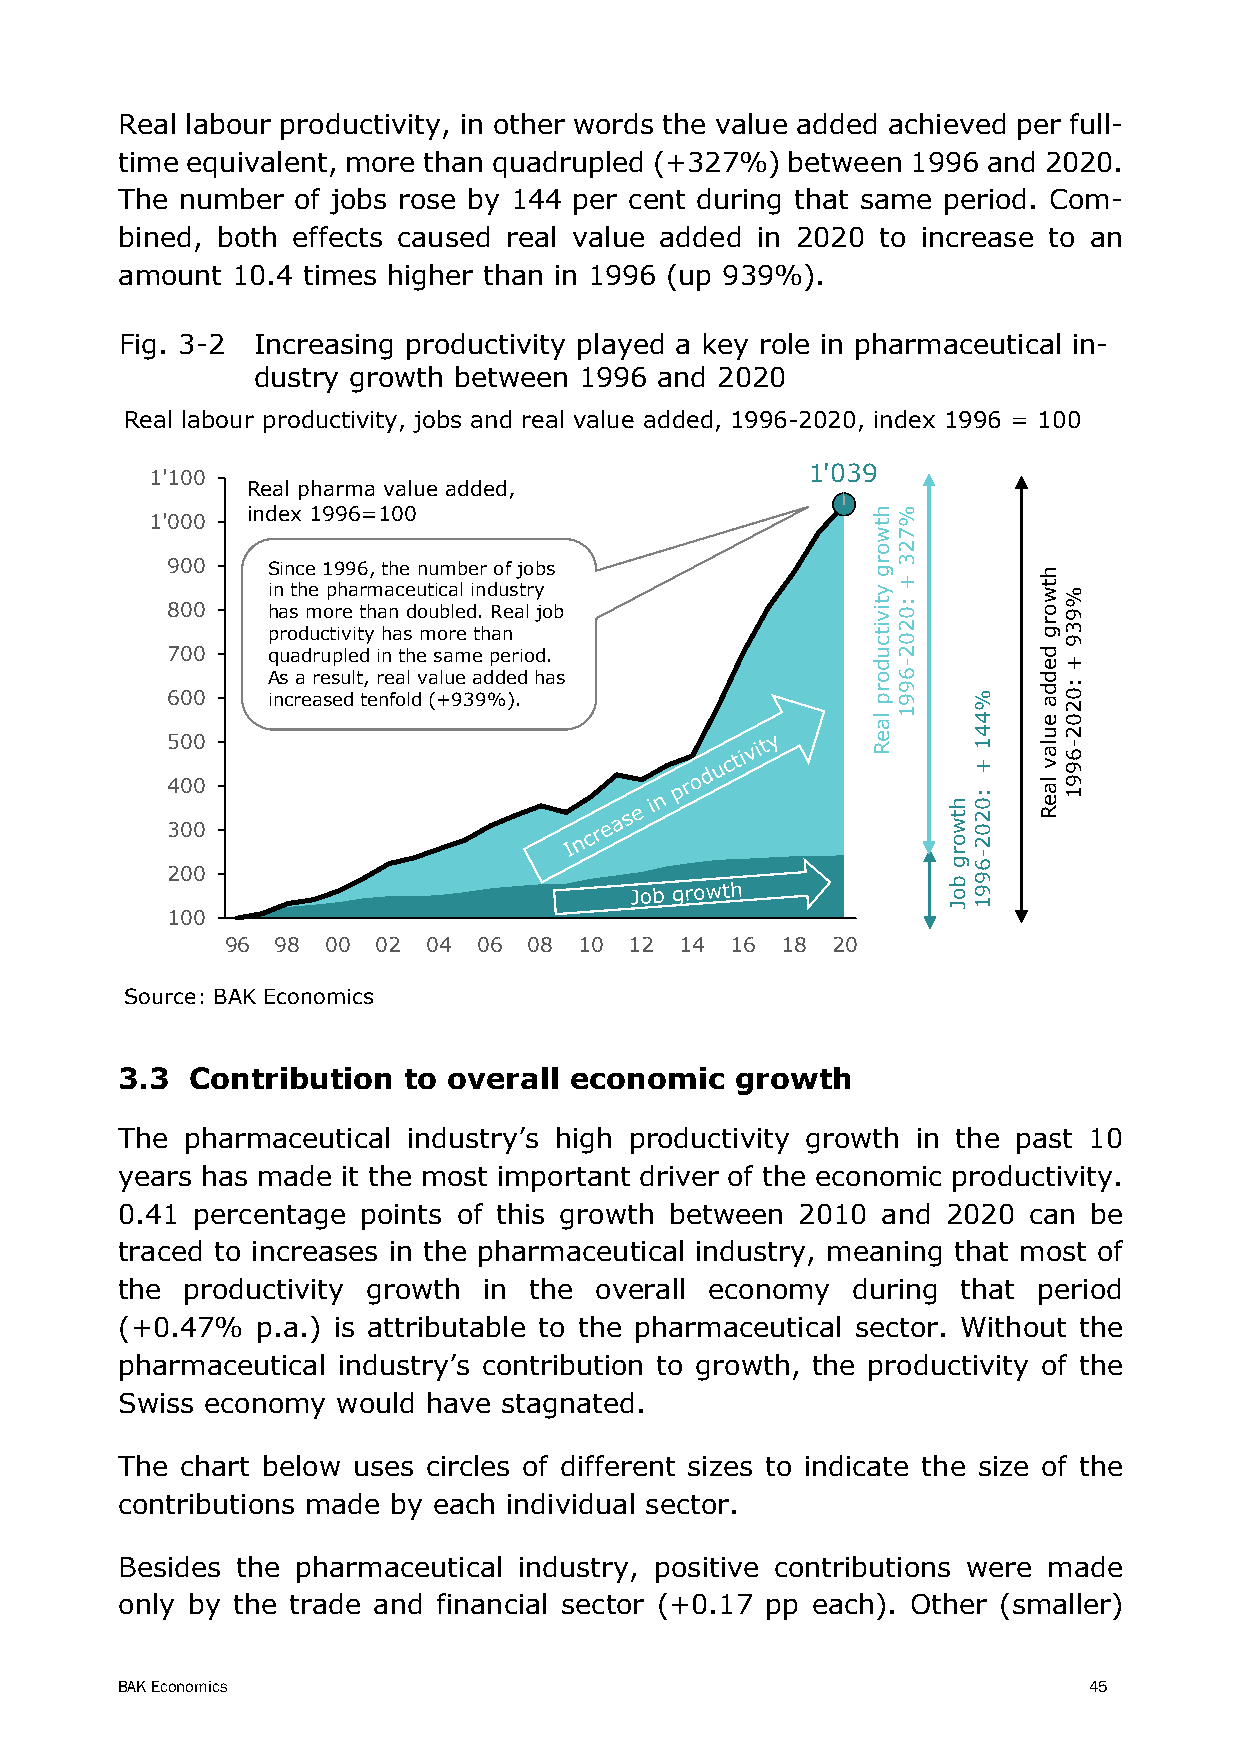
Real labour productivity, in other words the value added achieved per full-
 time equivalent, more than quadrupled (+327%) between 1996 and 2020.
 The number  of jobs rose by 144 per cent during that same period. Com-
 bined, both effects caused real value added in 2020 to increase to an
 amount 10.4 times higher than in 1996 (up 939%).
 Fig. 3-2 Increasing productivity played a key role in pharmaceutical in-
 dustry growth between 1996 and 2020
 Real labour productivity, jobs and real value added, 1996-2020, index 1996 = 100
 1'100                                      1'039
 Real pharma value added,
 index 1996=100
 1'000
 900    Since 1996, the number of jobs
 in the pharmaceutical industry
 800    has more than doubled. Real job
 productivity has more than
 700    quadrupled in the same period.
 As a result, real value added has
 600    increased tenfold (+939%).
 500
 400
 300
 200
 100
 96 98  00 02 04  06 08 10  12 14 16  18 20
 Source: BAK Economics
 3.3  Contribution  to overall economic   growth
 The pharmaceutical industry’s high productivity growth in the past 10
 years has made it the most important driver of the economic productivity.
 0.41 percentage points of this growth between 2010 and 2020 can be
 traced to increases in the pharmaceutical industry, meaning that most of
 the productivity growth in the overall economy  during  that period
 (+0.47%  p.a.) is attributable to the pharmaceutical sector. Without the
 pharmaceutical industry’s contribution to growth, the productivity of the
 Swiss economy would have stagnated.
 The chart below uses circles of different sizes to indicate the size of the
 contributions made by each individual sector.
 Besides the pharmaceutical industry, positive contributions were made
 only by the trade and financial sector (+0.17 pp each). Other (smaller)
 BAK Economics                                                   45
 htworg
 ytivitcudorp
 laeR
 %723
 +
 :0202-6991
 htworg
 boJ
 %441
 +
 :0202-6991
 htworg
 dedda
 eulav
 laeR
 %939
 +
 :0202-6991